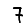
Digit: 7